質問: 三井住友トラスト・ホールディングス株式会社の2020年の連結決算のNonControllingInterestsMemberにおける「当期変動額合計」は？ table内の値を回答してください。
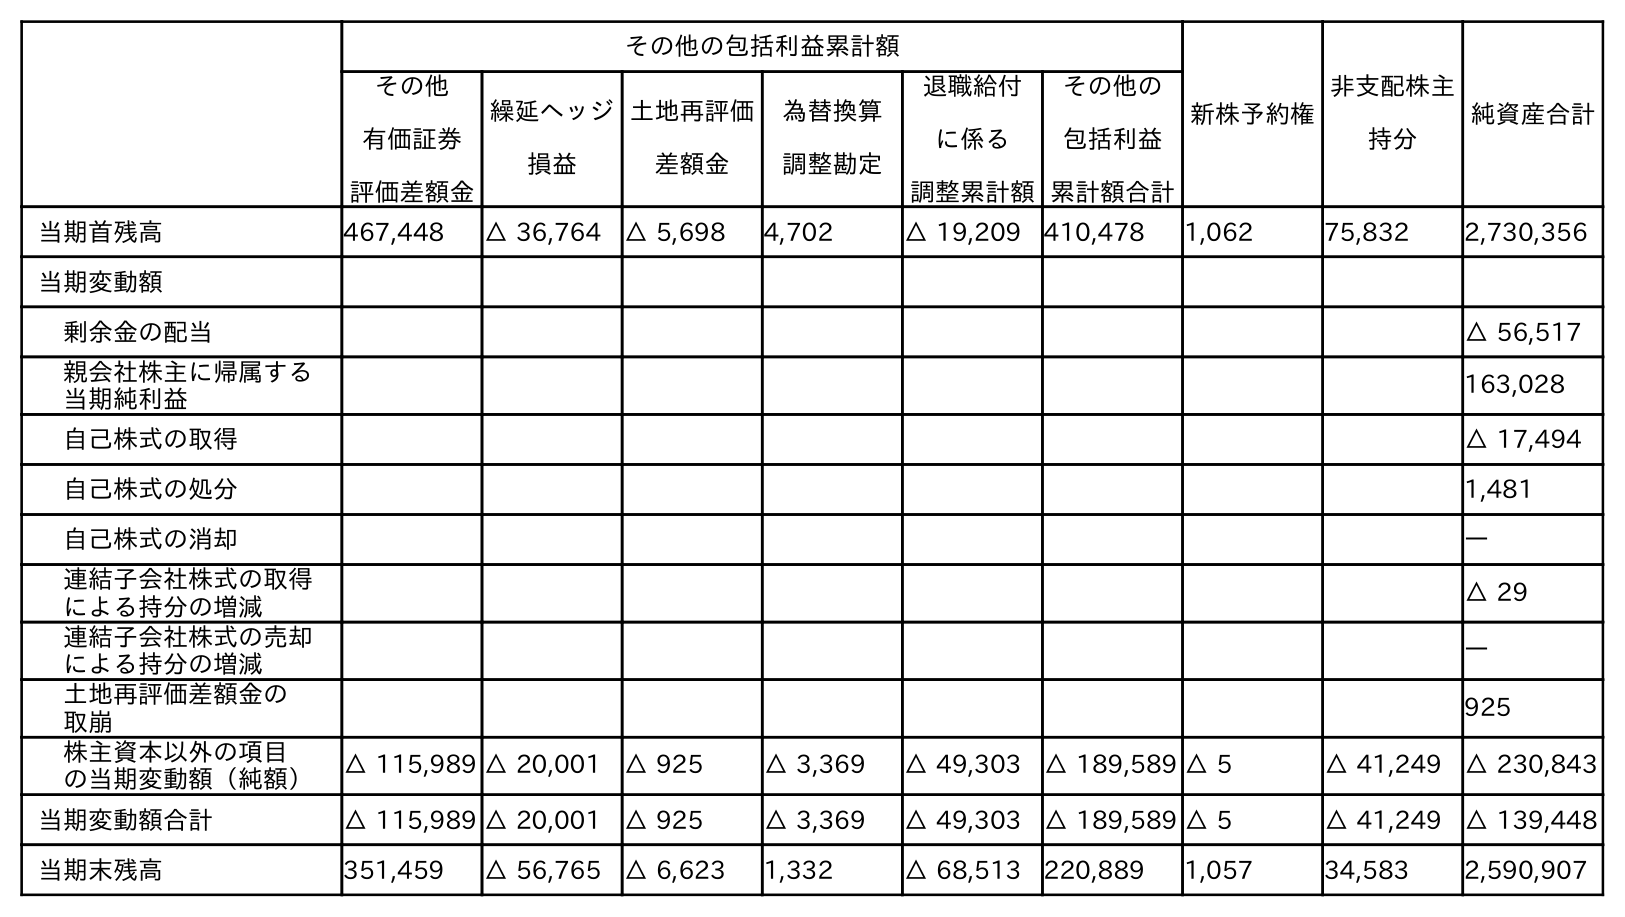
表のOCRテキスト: その他の包括利益累計額 新株予約権 非支配株主 持分 純資産合計 その他 有価証券 評価差額金 繰延ヘッジ 損益 土地再評価 差額金 為替換算 調整勘定 退職給付 に係る 調整累計額 その他の 包括利益 累計額合計 当期首残高 467,448 △ 36,764 △ 5,698 4,702 △ 19,209 410,478 1,062 75,832 2,730,356 当期変動額 剰余金の配当 △ 56,517 親会社株主に帰属する 当期純利益 163,028 自己株式の取得 △ 17,494 自己株式の処分 1,481 自己株式の消却 ― 連結子会社株式の取得 による持分の増減 △ 29 連結子会社株式の売却 による持分の増減 ― 土地再評価差額金の 取崩 925 株主資本以外の項目 の当期変動額（純額） △ 115,989 △ 20,001 △ 925 △ 3,369 △ 49,303 △ 189,589 △ 5 △ 41,249 △ 230,843 当期変動額合計 △ 115,989 △ 20,001 △ 925 △ 3,369 △ 49,303 △ 189,589 △ 5 △ 41,249 △ 139,448 当期末残高 351,459 △ 56,765 △ 6,623 1,332 △ 68,513 220,889 1,057 34,583 2,590,907
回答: △41,249